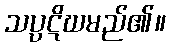
သပ္ပဋိဃမည်၏။